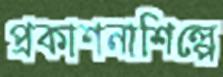
প্রকাশনাশিল্পে